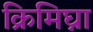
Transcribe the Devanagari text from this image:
क्रिमिघ्ना